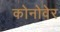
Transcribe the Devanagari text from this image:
कोनोवेर